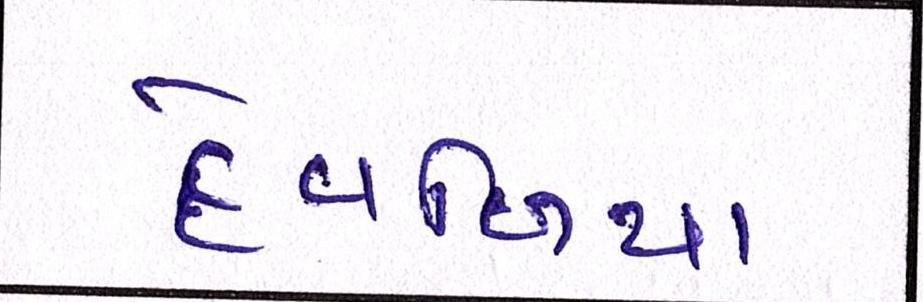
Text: દેવળિયા